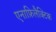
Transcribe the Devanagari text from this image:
एनाफ़िलैक्टिक